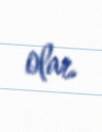
olar.